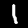
Digit: 1